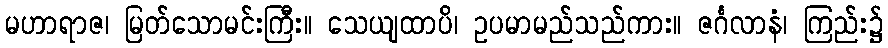
မဟာရာဇ၊ မြတ်သောမင်းကြီး။ သေယျထာပိ၊ ဥပမာမည်သည်ကား။ ဇင်္ဂလာနံ၊ ကြည်း၌